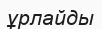
ұрлайды